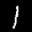
Label: 1